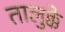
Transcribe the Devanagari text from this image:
तालुक्के